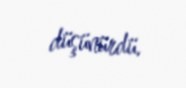
düşünürdü.